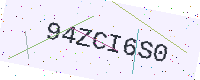
Text: 94ZCI6S0